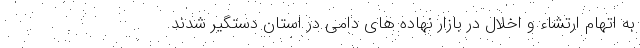
به اتهام ارتشاء و اخلال در بازار نهاده های دامی در استان دستگیر شدند.